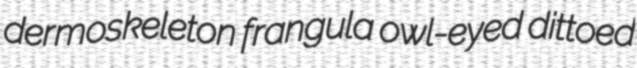
dermoskeleton frangula owl-eyed dittoed